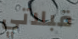
قبلاتي